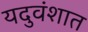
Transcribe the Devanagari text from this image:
यदुवंशात